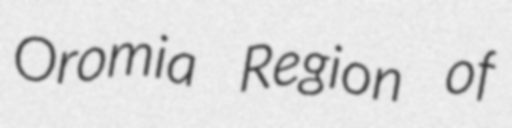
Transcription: Oromia Region of